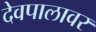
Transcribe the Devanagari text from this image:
देवपालावर